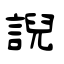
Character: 誽